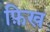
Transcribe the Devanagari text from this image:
फ़िख